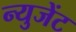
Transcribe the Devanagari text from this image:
न्युजेंट